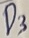
Text: D3